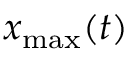
x _ { \operatorname* { m a x } } ( t )